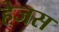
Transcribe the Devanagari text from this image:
हेजस